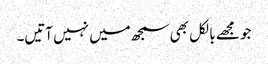
جو مجھے بالکل بھی سمجھ میں نہیں آتیں۔